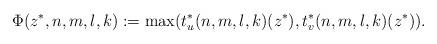
LaTeX: \begin{align*}\Phi(z^*,n,m,l,k):=\max(t^*_u(n,m,l,k)(z^*),t^*_v(n,m,l,k)(z^*)).\end{align*}